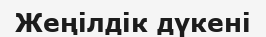
Жеңілдік дүкені